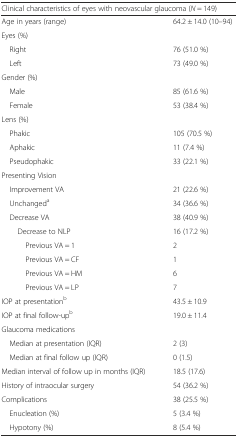
<table><thead><tr><td colspan="2"><b>Clinical characteristics of eyes with neovascular glaucoma (<i>N</i> = 149)</b></td></tr></thead><tbody><tr><td>Age in years (range)</td><td>64.2 ± 14.0 (10–94)</td></tr><tr><td>Eyes (%)</td><td></td></tr><tr><td> Right</td><td>76 (51.0 %)</td></tr><tr><td> Left</td><td>73 (49.0 %)</td></tr><tr><td>Gender (%)</td><td></td></tr><tr><td> Male</td><td>85 (61.6 %)</td></tr><tr><td> Female</td><td>53 (38.4 %)</td></tr><tr><td>Lens (%)</td><td></td></tr><tr><td> Phakic</td><td>105 (70.5 %)</td></tr><tr><td> Aphakic</td><td>11 (7.4 %)</td></tr><tr><td> Pseudophakic</td><td>33 (22.1 %)</td></tr><tr><td>Presenting Vision</td><td></td></tr><tr><td> Improvement VA</td><td>21 (22.6 %)</td></tr><tr><td> Unchanged<sup>a</sup></td><td>34 (36.6 %)</td></tr><tr><td> Decrease VA</td><td>38 (40.9 %)</td></tr><tr><td>Decrease to NLP</td><td>16 (17.2 %)</td></tr><tr><td>Previous VA = 1</td><td>2</td></tr><tr><td>Previous VA = CF</td><td>1</td></tr><tr><td>Previous VA = HM</td><td>6</td></tr><tr><td>Previous VA = LP</td><td>7</td></tr><tr><td>IOP at presentation<sup>b</sup></td><td>43.5 ± 10.9</td></tr><tr><td>IOP at final follow-up<sup>b</sup></td><td>19.0 ± 11.4</td></tr><tr><td>Glaucoma medications</td><td></td></tr><tr><td> Median at presentation (IQR)</td><td>2 (3)</td></tr><tr><td> Median at final follow up (IQR)</td><td>0 (1.5)</td></tr><tr><td>Median interval of follow up in months (IQR)</td><td>18.5 (17.6)</td></tr><tr><td>History of intraocular surgery</td><td>54 (36.2 %)</td></tr><tr><td>Complications</td><td>38 (25.5 %)</td></tr><tr><td> Enucleation (%)</td><td>5 (3.4 %)</td></tr><tr><td> Hypotony (%)</td><td>8 (5.4 %)</td></tr></tbody></table>